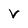
Character: v